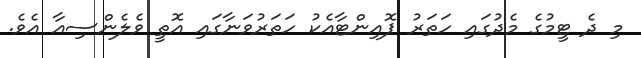
މި ދެ ޓީމުގެ މެދުގައި ހަތަރު ޕޮއިންޓާއެކު ހަތަރުވަނާގައި އޮތީ ވެލެންސިއާ އެވެ.